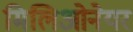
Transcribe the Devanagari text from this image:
मिलिओनेयर